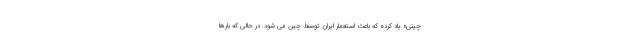
چینی» یاد کرده که باعث استعمار ایران توسط چین می شود. در حالی که بارها